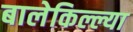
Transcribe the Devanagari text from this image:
बालेकिल्ल्या